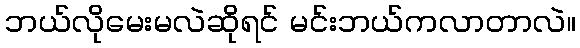
ဘယ်လိုမေးမလဲဆိုရင် မင်းဘယ်ကလာတာလဲ။